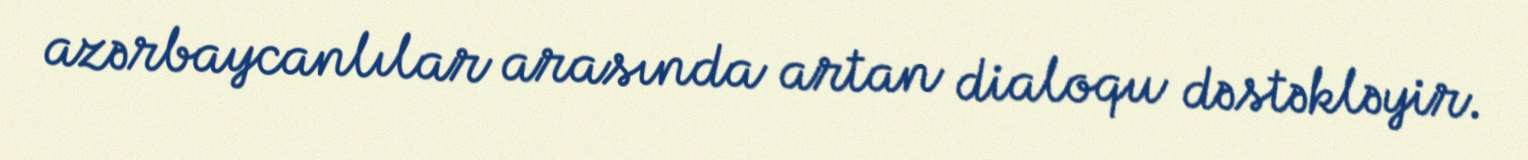
azərbaycanlılar arasında artan dialoqu dəstəkləyir.